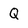
Character: Q